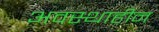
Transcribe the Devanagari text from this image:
अवस्थाहीन